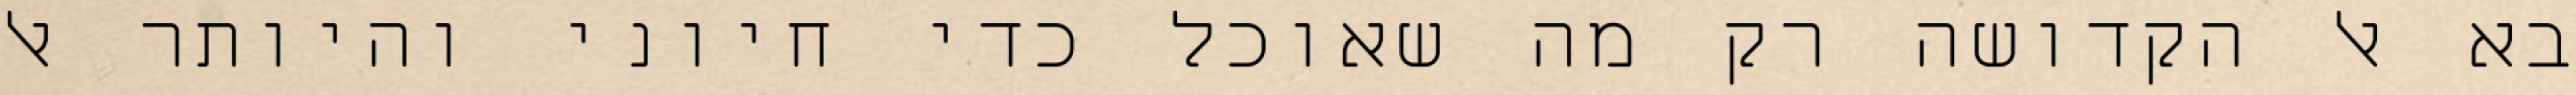
בא אל הקדושה רק מה שאוכל כדי חיוני והיותר אל